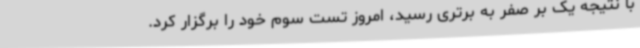
با نتیجه یک بر صفر به برتری رسید، امروز تست سوم خود را برگزار کرد.